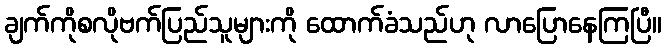
ချက်ကိုစလိုဗက်ပြည်သူများကို ထောက်ခံသည်ဟု လာပြောနေကြပြီ။